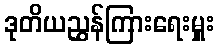
ဒုတိယညွှန်ကြားရေးမှူး